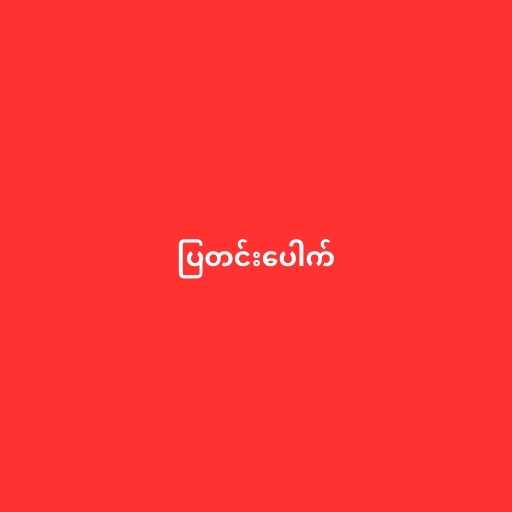
ပြတင်းပေါက်